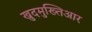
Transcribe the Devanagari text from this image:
खुदमुख्तिआर